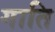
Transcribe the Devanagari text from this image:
गाति